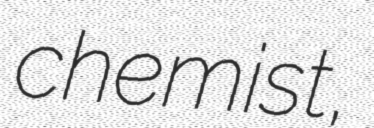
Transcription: chemist,